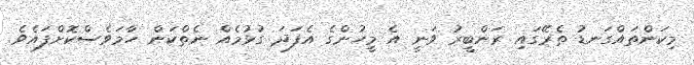
މިކަންތައްގަނޑު ތެރޭގައި ރަންބީރު ވަނީ އެ މީހުންގެ އެފަދަ ގުޅުމެއް ނެތްކަން ހާމަވެސްކޮށްފައެވެ.